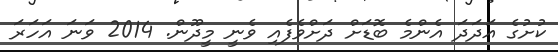
ކުށުގެ އަދަދަ އެންމެ ބޮޑަށް ދަށްވެފެއި ވެނީ މީދޫން. 2014 ވަނަ އަހަރަ